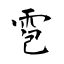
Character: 雹